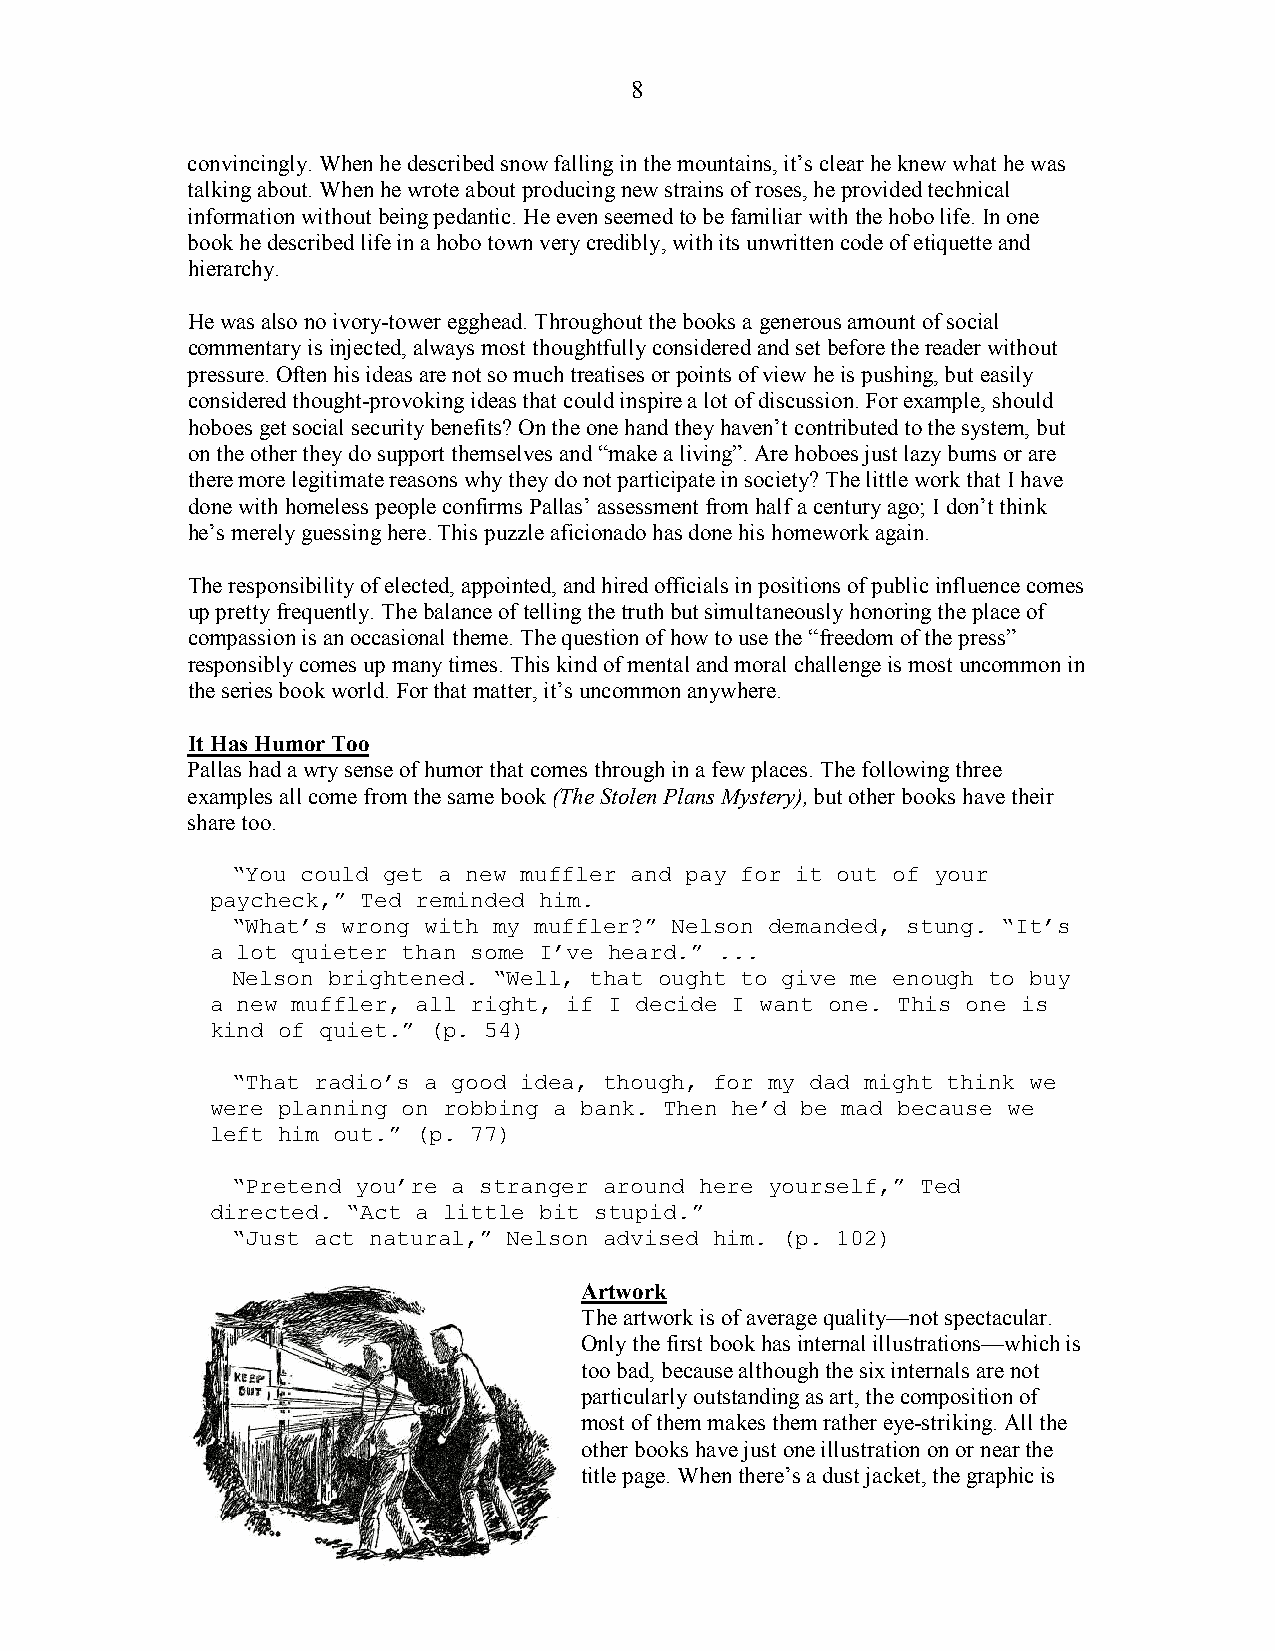
8
 convincingly. When he described snow falling in the mountains, it’s clear he knew what he was
 talking about. When he wrote about producing new strains of roses, he provided technical
 information without being pedantic. He even seemed to be familiar with the hobo life. In one
 book he described life in a hobo town very credibly, with its unwritten code of etiquette and
 hierarchy.
 He was also no ivory-tower egghead. Throughout the books a generous amount of social
 commentary is injected, always most thoughtfully considered and set before the reader without
 pressure. Often his ideas are not so much treatises or points of view he is pushing, but easily
 considered thought-provoking ideas that could inspire a lot of discussion. For example, should
 hoboes get social security benefits? On the one hand they haven’t contributed to the system, but
 on the other they do support themselves and “make a living”. Are hoboes just lazy bums or are
 there more legitimate reasons why they do not participate in society? The little work that I have
 done with homeless people confirms Pallas’ assessment from half a century ago; I don’t think
 he’s merely guessing here. This puzzle aficionado has done his homework again.
 The responsibility of elected, appointed, and hired officials in positions of public influence comes
 up pretty frequently. The balance of telling the truth but simultaneously honoring the place of
 compassion is an occasional theme. The question of how to use the “freedom of the press”
 responsibly comes up many times. This kind of mental and moral challenge is most uncommon in
 the series book world. For that matter, it’s uncommon anywhere.
 It Has Humor Too
 Pallas had a wry sense of humor that comes through in a few places. The following three
 examples all come from the same book (The Stolen Plans Mystery), but other books have their
 share too.
 “You could get a new muffler and pay for it out of your
 paycheck,” Ted reminded him.
 “What’s wrong with my muffler?” Nelson demanded, stung. “It’s
 a lot quieter than some I’ve heard.” ...
 Nelson brightened. “Well, that ought to give me enough to buy
 a new muffler, all right, if I decide I want one. This one is
 kind of quiet.” (p. 54)
 “That radio’s a good idea, though, for my dad might think we
 were planning on robbing a bank. Then he’d be mad because we
 left him out.” (p. 77)
 “Pretend you’re a stranger around here yourself,” Ted
 directed. “Act a little bit stupid.”
 “Just act natural,” Nelson advised him. (p. 102)
 Artwork
 The artwork is of average quality—not spectacular.
 Only the first book has internal illustrations—which is
 too bad, because although the six internals are not
 particularly outstanding as art, the composition of
 most of them makes them rather eye-striking. All the
 other books have just one illustration on or near the
 title page. When there’s a dust jacket, the graphic is